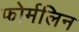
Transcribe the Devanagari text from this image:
फोर्मलिन